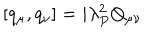
LaTeX: [ q _ { \mu } , q _ { \nu } ] = i \lambda _ { P } ^ { 2 } Q _ { \mu \nu }